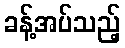
ခန့်အပ်သည့်